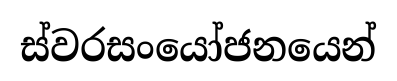
ස්වරසංයෝජනයෙන්